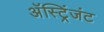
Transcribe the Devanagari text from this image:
अॅस्ट्रिंजंट